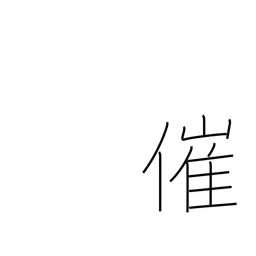
Meaning: sponsor